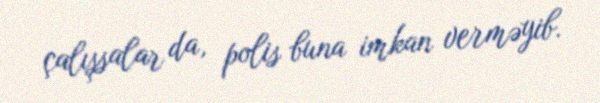
çalışsalar da, polis buna imkan verməyib.